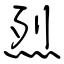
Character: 烈